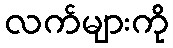
လက်များကို